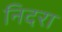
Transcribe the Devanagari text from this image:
निदरा